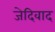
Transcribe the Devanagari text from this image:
जेदिवाद